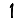
Digit: 1